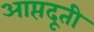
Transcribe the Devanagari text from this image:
आप्तदूती